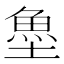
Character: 𩵘